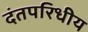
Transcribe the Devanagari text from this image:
दंतपरिधीय